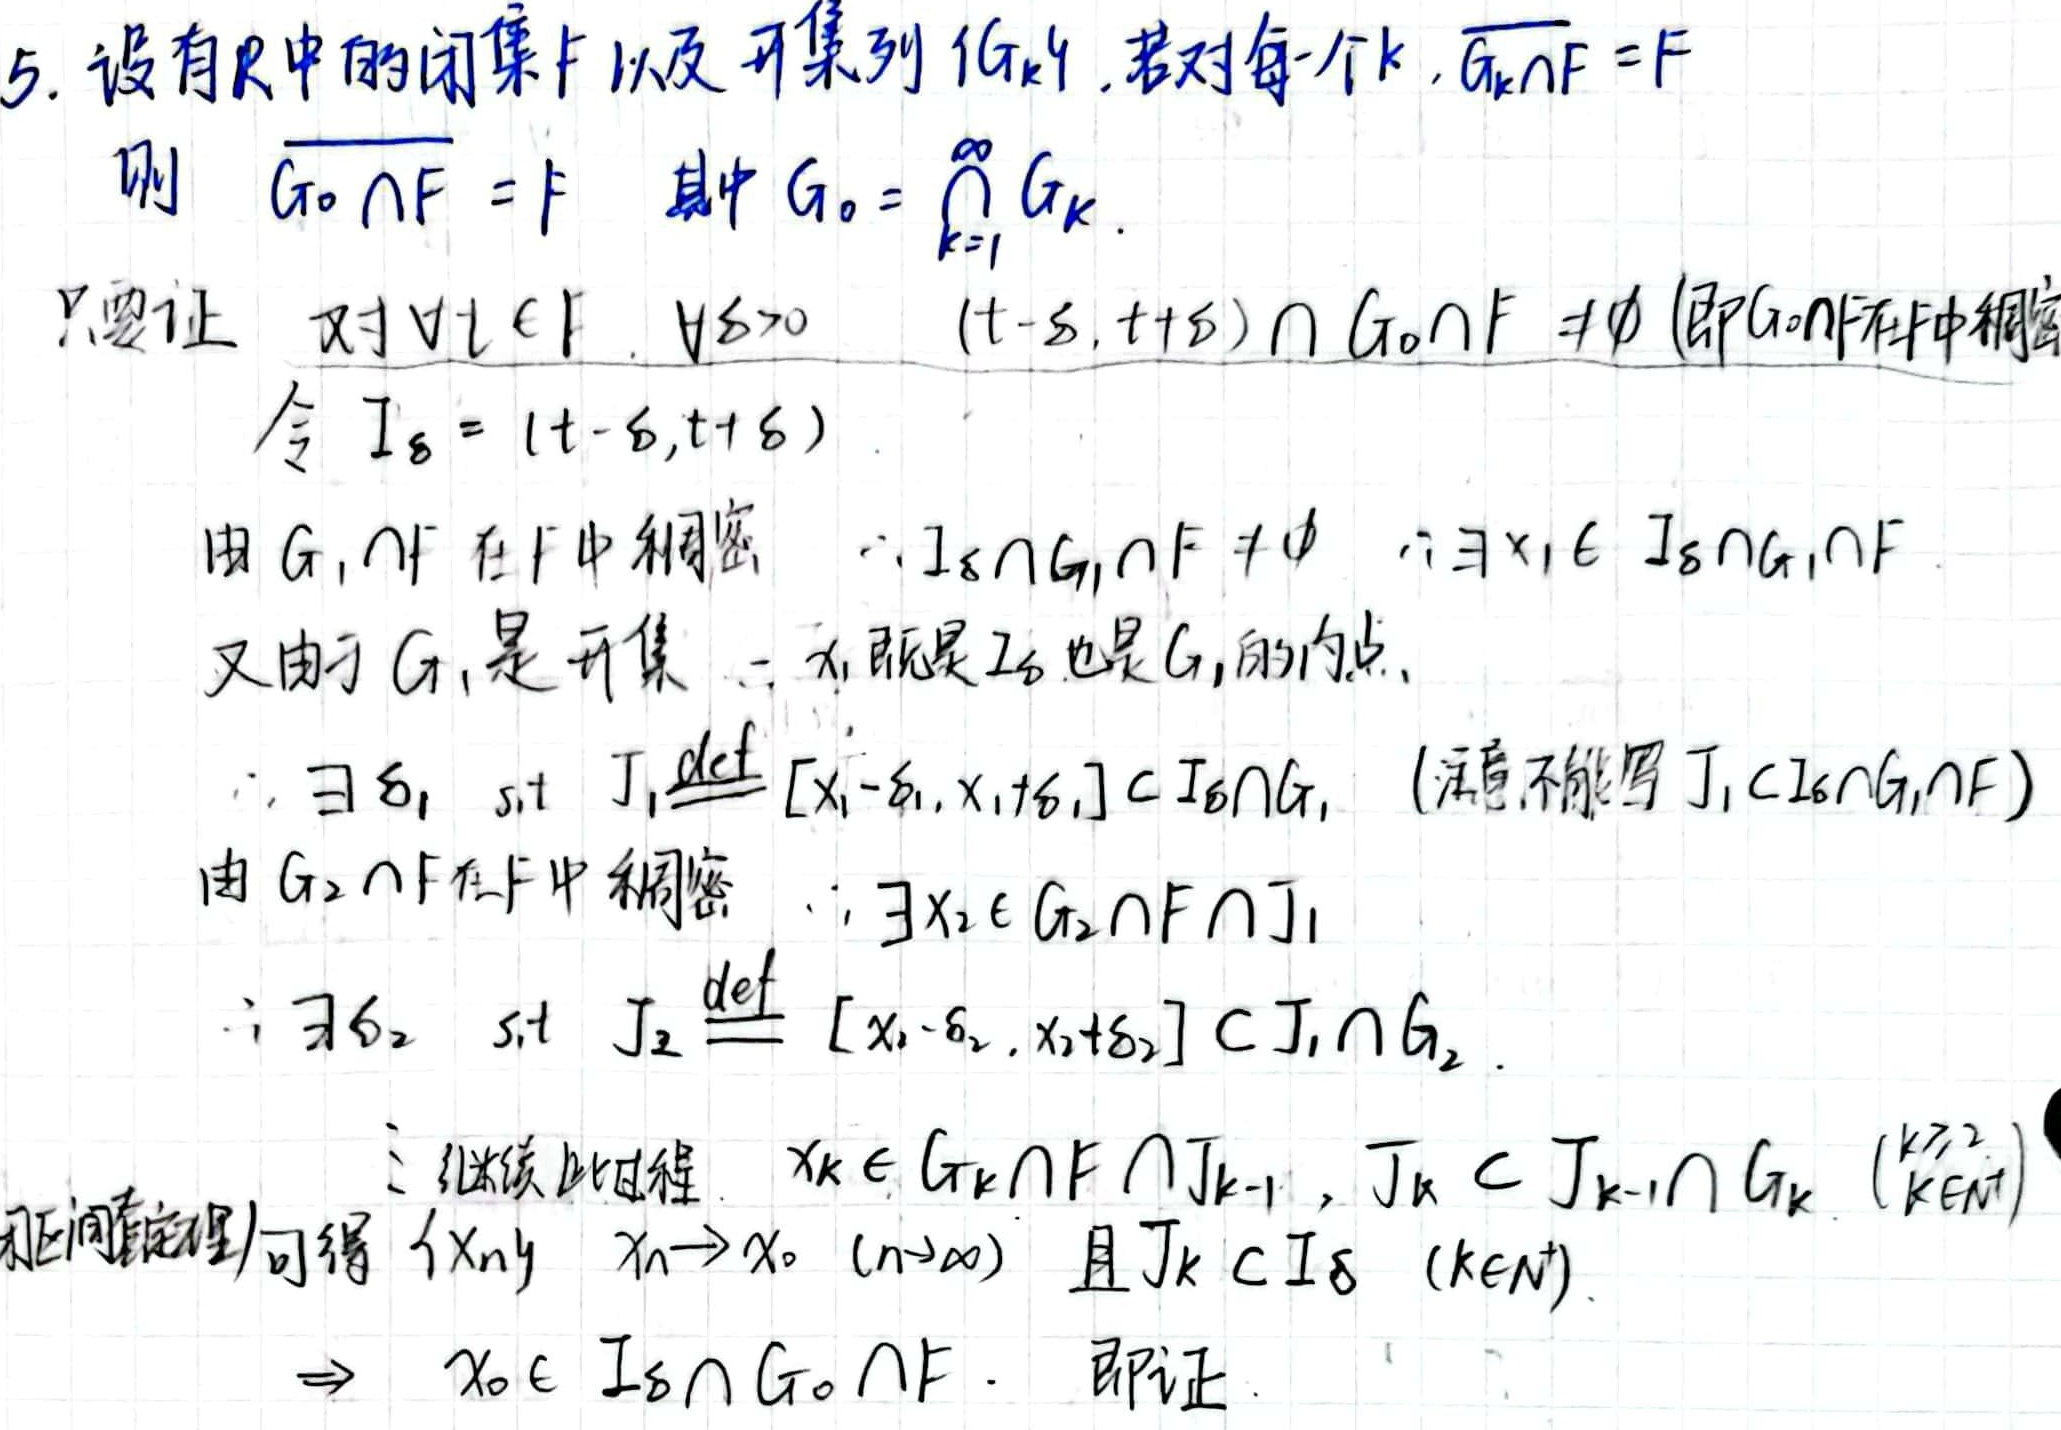
5. 设有$\mathbb{R}$中的闭集$F$以及开集列$\{G_k\}$，若对每一个$k$，$\overline{G_k\cap F}=F$，则$\overline{G_0\cap F}=F$，其中$G_0 = \bigcap_{k = 1}^{\infty}G_k$。

只要证：对$\forall t\in F$，$\forall \delta>0$，$(t - \delta,t+\delta)\cap G_0\cap F\neq\varnothing$（即$G_0\cap F$在$F$中稠密）。

令$I_{\delta}=(t - \delta,t+\delta)$。

由$G_1\cap F$在$F$中稠密，$\therefore I_{\delta}\cap G_1\cap F\neq\varnothing$，$\therefore\exists x_1\in I_{\delta}\cap G_1\cap F$。

又由于$G_1$是开集，$\therefore x_1$既是$I_{\delta}$也是$G_1$的内点。

$\therefore\exists\delta_1$，s.t. $J_1\overset{\text{def}}{=}[x_1-\delta_1,x_1+\delta_1]\subset I_{\delta}\cap G_1$（注意不能写$J_1\subset I_{\delta}\cap G_1\cap F$）。

由$G_2\cap F$在$F$中稠密，$\therefore\exists x_2\in G_2\cap F\cap J_1$。

$\therefore\exists\delta_2$，s.t. $J_2\overset{\text{def}}{=}[x_2-\delta_2,x_2+\delta_2]\subset J_1\cap G_2$。

继续此过程，$x_k\in G_k\cap F\cap J_{k - 1}$，$J_k\subset J_{k - 1}\cap G_k$（$k\geq2,k\in\mathbb{N}$）。

由闭区间套定理可得$\{x_n\}$，$x_n\rightarrow x_0$（$n\rightarrow\infty$）且$J_k\subset I_{\delta}$（$k\in\mathbb{N}$）。

$\Rightarrow x_0\in I_{\delta}\cap G_0\cap F$，即证。